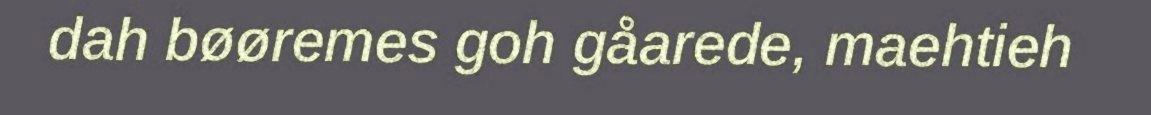
dah bøøremes goh gåarede, maehtieh